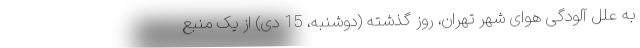
به علل آلودگی هوای شهر تهران، روز گذشته (دوشنبه، 15 دی) از یک منبع